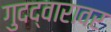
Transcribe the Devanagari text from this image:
गुदद्वारावर